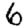
Digit: 6